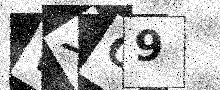
Text: WYO9